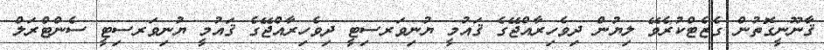
ޤާނޫނީގޮތުން ގެޒެޓްކުރެވޭ ލިޔުން ދިވެހިރާއްޖޭގެ ޤައުމީ ޔުނިވަރސިޓީ ދިވެހިރާއްޖޭގެ ޤައުމީ ޔުނިވަރސިޓީ ސެންޓްރަލް